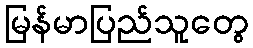
မြန်မာပြည်သူတွေ